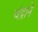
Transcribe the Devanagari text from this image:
चंद्राने